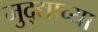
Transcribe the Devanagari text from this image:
मुद्द्याच्‍या